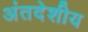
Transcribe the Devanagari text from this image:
अंतदेशीय